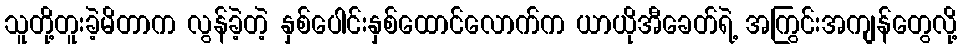
သူတို့တူးခဲ့မိတာက လွန်ခဲ့တဲ့ နှစ်ပေါင်းနှစ်ထောင်လောက်က ယာယိုအီခေတ်ရဲ့ အကြွင်းအကျန်တွေလို့